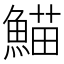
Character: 𮬂